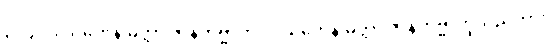
၃၁၄။ ဒါယကေန မတ္တာ ဇာနိတဗ္ဗာတိ၊ ဒါယကေန မတ္တာ ဇာနိတဗ္ဗာဟူသည်ကား။